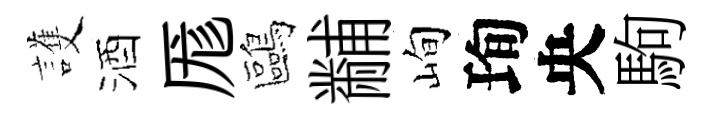
護酒厖鷗黼峋珣央駒